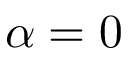
\alpha = 0